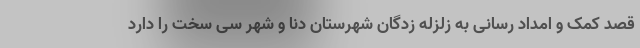
قصد کمک و امداد رسانی به زلزله زدگان شهرستان دنا و شهر سی سخت را دارد